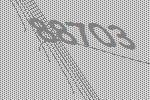
88703